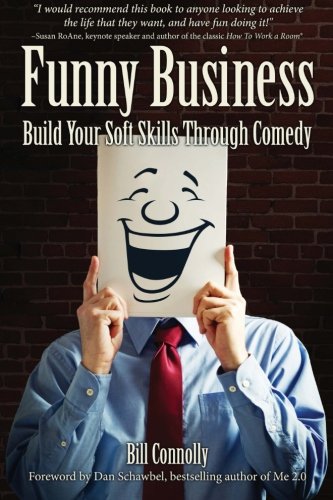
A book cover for Funny Business: Build Your Soft Skills Through Comedy; Bill Connolly; Business & Money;